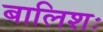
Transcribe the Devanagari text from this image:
बालिशः